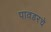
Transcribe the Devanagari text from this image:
पावडरचे